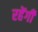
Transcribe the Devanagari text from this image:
रहेंगीं